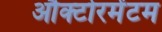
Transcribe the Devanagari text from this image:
औक्टोरमेंटम